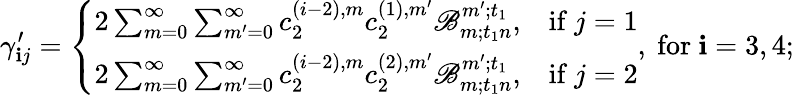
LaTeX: \gamma_{\mathbf{i}j}^{\prime}=\left\{ \begin{array}{ll}{2\sum_{m=0}^{\infty}\sum_{m^{\prime}=0}^{\infty}c_{2}^{(i-2),m}c_{2}^{(1),m^{\prime}}\mathscr{B}_{m;t_{1}n}^{m^{\prime};t_{1}},}&{\mathrm{if~}j=1}\\ {2\sum_{m=0}^{\infty}\sum_{m^{\prime}=0}^{\infty}c_{2}^{(i-2),m}c_{2}^{(2),m^{\prime}}\mathscr{B}_{m;t_{1}n}^{m^{\prime};t_{1}},}&{\mathrm{if~}j=2}\end{array}\right.,\mathrm{{~for~}}\mathbf{i}=3,4;